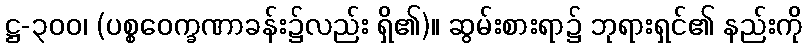
ဋ္ဌ-၃၀၀၊ (ပစ္စဝေက္ခဏာခန်း၌လည်း ရှိ၏)။ ဆွမ်းစားရာ၌ ဘုရားရှင်၏ နည်းကို